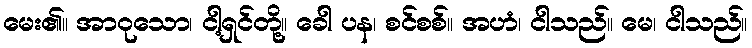
မေး၏။ အာဝုသော၊ ငါ့ရှင်တို့။ ခေါ ပန၊ စင်စစ်။ အဟံ၊ ငါသည်။ မေ၊ ငါသည်။